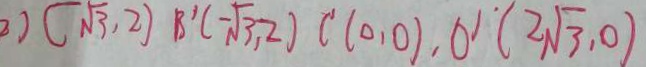
2 ) ( \sqrt { 3 } , 2 ) B ^ { \prime } ( - \sqrt { 3 } , 2 ) C ^ { \prime } ( 1 0 , 0 ) . O ^ { \prime } ( 2 \sqrt { 3 } , 0 )